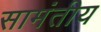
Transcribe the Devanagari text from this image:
सामंतीय